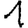
Digit: 1